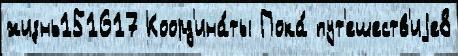
жизнь151617 Коорд'ина́ты Пока́ пут'ешеств'иjе8